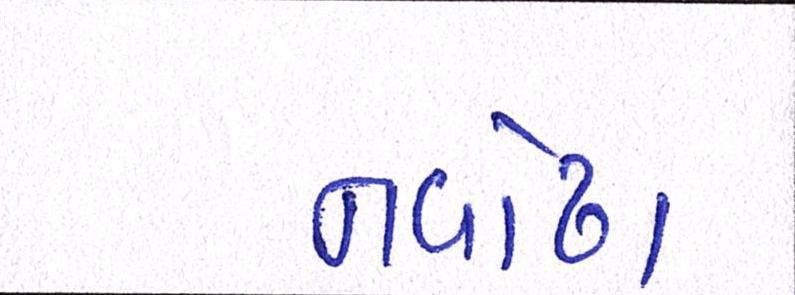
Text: નવોઢા